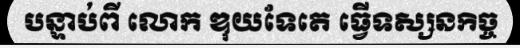
បន្ទាប់ពី លោក ឌុយទែតេ ធ្វើទស្សនកិច្ច